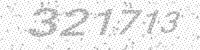
Solution: 321713